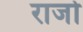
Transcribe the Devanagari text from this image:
राजो